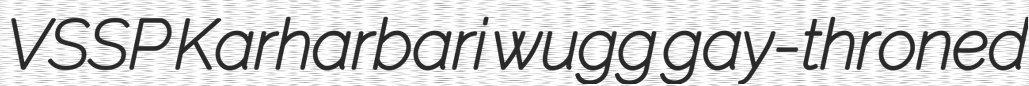
VSSP Karharbari wugg gay-throned